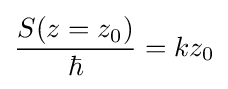
{\frac {S(z=z_{0})}{\hbar }}=kz_{0}